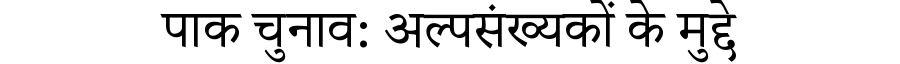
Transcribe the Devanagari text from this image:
पाक चुनाव: अल्पसंख्यकों के मुद्दे